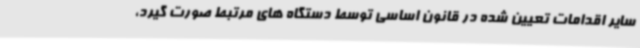
سایر اقدامات تعیین شده در قانون اساسی توسط دستگاه های مرتبط صورت گیرد،